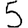
Digit: 5